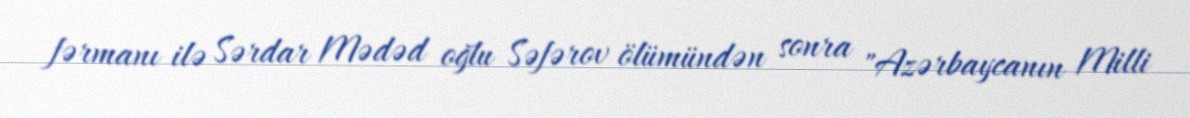
fərmanı ilə Sərdar Mədəd oğlu Səfərov ölümündən sonra "Azərbaycanın Milli